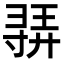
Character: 𫴳